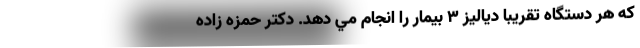
كه هر دستگاه تقريبا دياليز 3 بيمار را انجام مي دهد. دكتر حمزه زاده